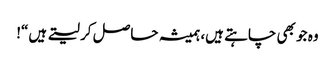
وہ جو بھی چاہتے ہیں، ہمیشہ حاصل کر لیتے ہیں“!